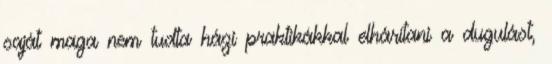
saját maga nem tudta házi praktikákkal elhárítani a dugulást,